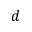
d